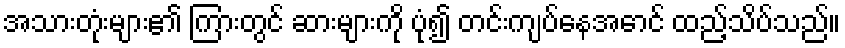
အသားတုံးများ၏ ကြားတွင် ဆားများကို ပုံ၍ တင်းကျပ်နေအောင် ထည့်သိပ်သည်။